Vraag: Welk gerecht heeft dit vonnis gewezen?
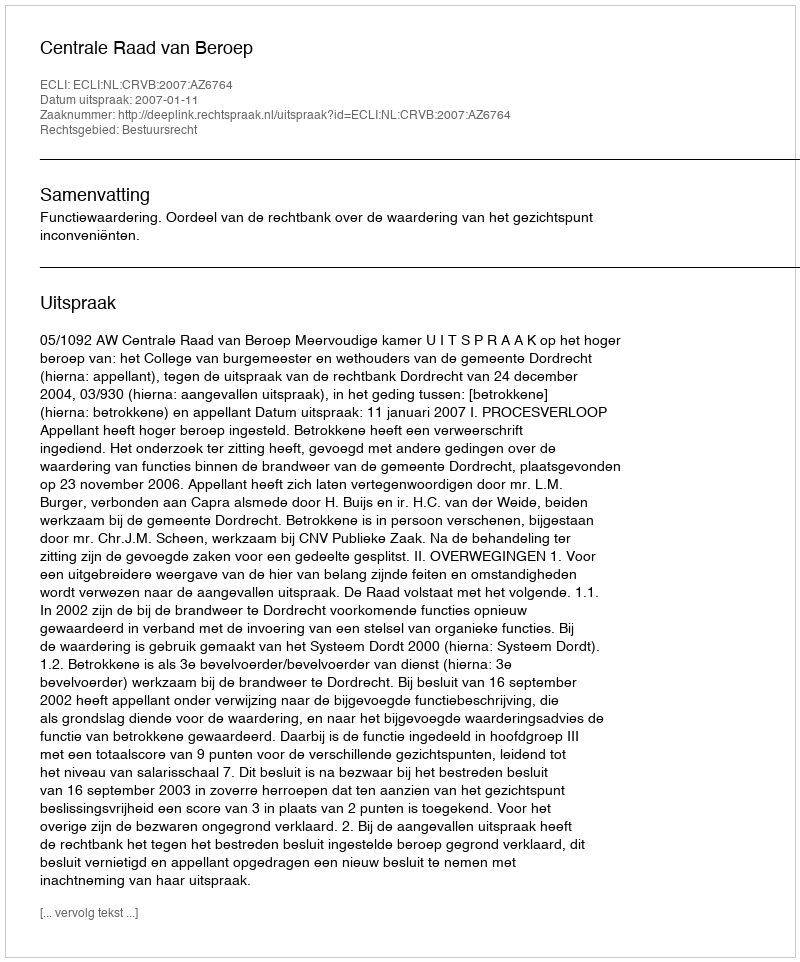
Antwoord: Centrale Raad van Beroep